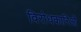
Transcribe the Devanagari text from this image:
विरोधकारिओं